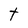
Character: t